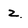
Character: z